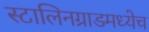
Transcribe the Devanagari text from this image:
स्टालिनग्राडमध्येच